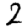
Digit: 2